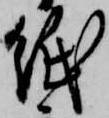
紙